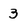
Character: 3